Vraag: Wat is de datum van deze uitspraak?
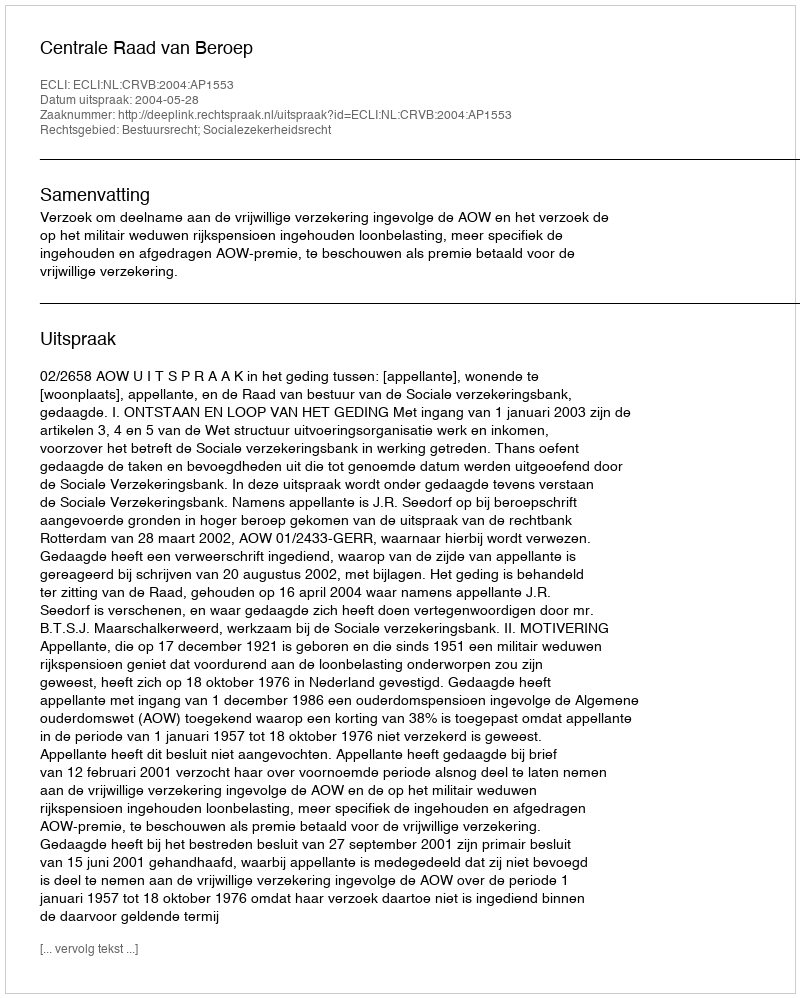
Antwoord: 2004-05-28